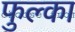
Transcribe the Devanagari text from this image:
फुल्का